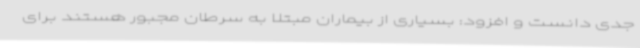
جدی دانست و افزود: بسیاری از بیماران مبتلا به سرطان مجبور هستند برای